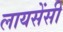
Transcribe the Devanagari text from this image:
लायसेंसी